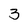
Character: 3